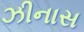
ઝીનાસ